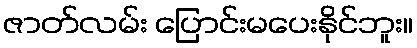
ဇာတ်လမ်း ပြောင်းမပေးနိုင်ဘူး။